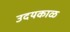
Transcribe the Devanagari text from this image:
उदयकाळ